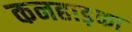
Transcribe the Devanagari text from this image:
कनहाड़का